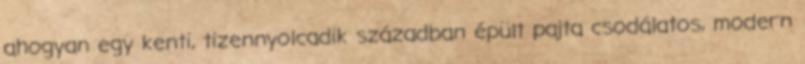
ahogyan egy kenti, tizennyolcadik században épült pajta csodálatos, modern